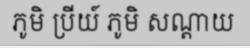
ភូមិ ប្រីយ៍ ភូមិ សណ្តាយ